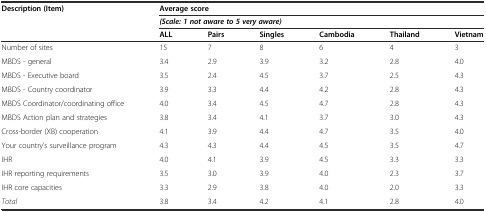
| <ROWSPAN=3> Description (Item) | <COLSPAN=6> Average score |
 | <COLSPAN=6> (Scale: 1 not aware to 5 very aware) |
 | ALL | Pairs | Singles | Cambodia | Thailand | Vietnam |
 | --- | --- | --- | --- | --- | --- | --- |
 | Number of sites | 15 | 7 | 8 | 6 | 4 | 3 |
 | MBDS - general | 3.4 | 2.9 | 3.9 | 3.2 | 2.8 | 4.0 |
 | MBDS - Executive board | 3.5 | 2.4 | 4.5 | 3.7 | 2.5 | 4.3 |
 | MBDS - Country coordinator | 3.9 | 3.3 | 4.4 | 4.2 | 2.8 | 4.3 |
 | MBDS Coordinator/coordinating office | 4.0 | 3.4 | 4.5 | 4.7 | 2.8 | 4.3 |
 | MBDS Action plan and strategies | 3.8 | 3.4 | 4.1 | 3.7 | 3.0 | 4.3 |
 | Cross-border (XB) cooperation | 4.1 | 3.9 | 4.4 | 4.7 | 3.5 | 4.0 |
 | Your country’s surveillance program | 4.3 | 4.3 | 4.4 | 4.5 | 3.5 | 4.7 |
 | IHR | 4.0 | 4.1 | 3.9 | 4.5 | 3.3 | 3.3 |
 | IHR reporting requirements | 3.5 | 3.0 | 3.9 | 4.0 | 2.3 | 3.7 |
 | IHR core capacities | 3.3 | 2.9 | 3.8 | 4.0 | 2.0 | 3.3 |
 | Total | 3.8 | 3.4 | 4.2 | 4.1 | 2.8 | 4.0 |